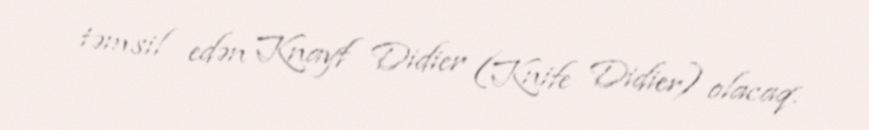
təmsil edən Knayf Didier (Knife Didier) olacaq.